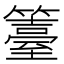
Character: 籉